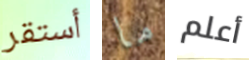
أستقر ما أعلم